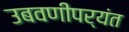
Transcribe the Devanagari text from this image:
उबवणीपर्यंत